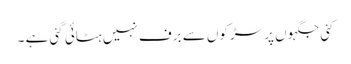
کئی جگہوں پر سڑکوں سے برف نہیں ہٹائی گئی ہے ۔